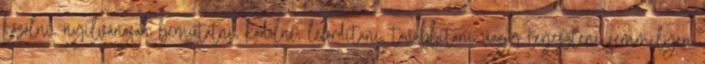
közölni, nyilvánosan bemutatni, kódolni, lefordítani, továbbítani vagy terjeszteni semmilyen